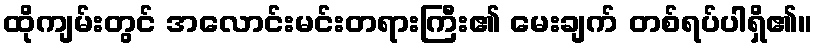
ထိုကျမ်းတွင် အလောင်းမင်းတရားကြီး၏ မေးချက် တစ်ရပ်ပါရှိ၏။